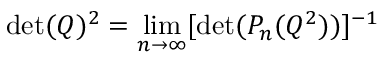
\operatorname * { d e t } ( Q ) ^ { 2 } = \operatorname * { l i m } _ { n \rightarrow \infty } [ \operatorname * { d e t } ( P _ { n } ( Q ^ { 2 } ) ) ] ^ { - 1 }